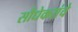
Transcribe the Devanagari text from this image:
सौंधेकरांचे